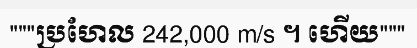
"""ប្រហែល 242,000 m/s ។ ហើយ"""